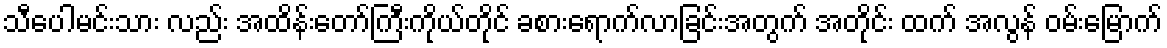
သီပေါမင်းသား လည်း အထိန်းတော်ကြီးကိုယ်တိုင် ခစားရောက်လာခြင်းအတွက် အတိုင်း ထက် အလွန် ဝမ်းမြောက်